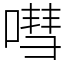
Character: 嘒